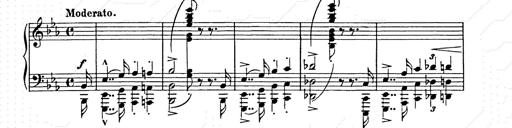
Title: Hungarian Rhapsody No.9
Composer: Franz Liszt
Key: E-flat major